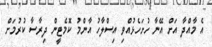
އެ މާއްދާ އަށް އޭނާ ހުށަހެޅުއްވި އިސްލާހު އާންމު ކޮމެޓީން ދިރާސާ ކުރުމަށް